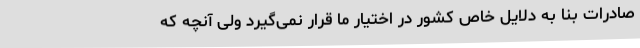
صادرات بنا به دلایل خاص کشور در اختیار ما قرار نمی‌گیرد ولی آنچه که